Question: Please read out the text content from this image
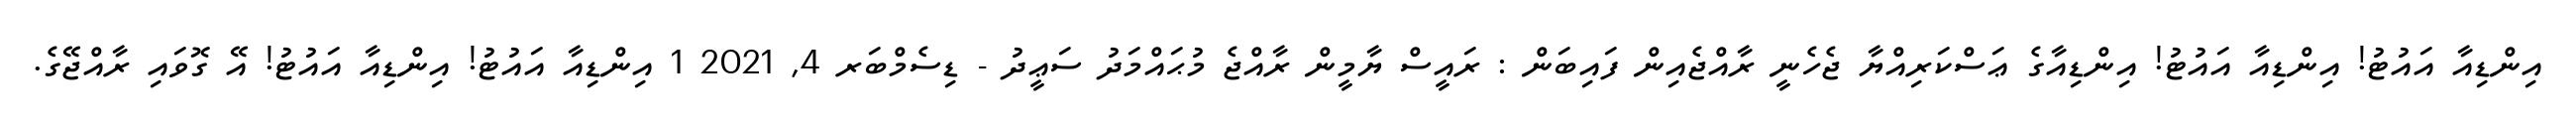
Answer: އިންޑިއާ އައުޓު! އިންޑިއާ އައުޓު! އިންޑިއާގެ ޢަސްކަރިއްޔާ ޖެހެނީ ރާއްޖެއިން ފައިބަން : ރައީސް ޔާމީން ރާއްޖެ މުޙައްމަދު ސަޢީދު - ޑިސެމްބަރ 4, 2021 1 އިންޑިއާ އައުޓު! އިންޑިއާ އައުޓު! އޭ ގޮވައި ރާއްޖޭގެ.